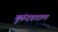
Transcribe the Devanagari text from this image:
कुरुंदवाडाला